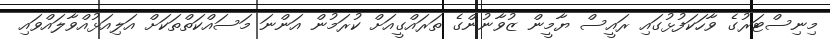
މިނިސްޓަރުގެ ވާހަކަފުޅުގައި ރައީސް ޔާމީން ޒުވާނުންގެ ތަރައްގީއަށް ކުރަމުން އަންނަ މަސައްކަތްތަކަށް އަލިއަޅުއްވާލައްވައި